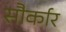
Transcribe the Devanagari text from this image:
सौर्कार